Vaccination in the Punjab 1867-1880 - 1867-1880
Year: 1867
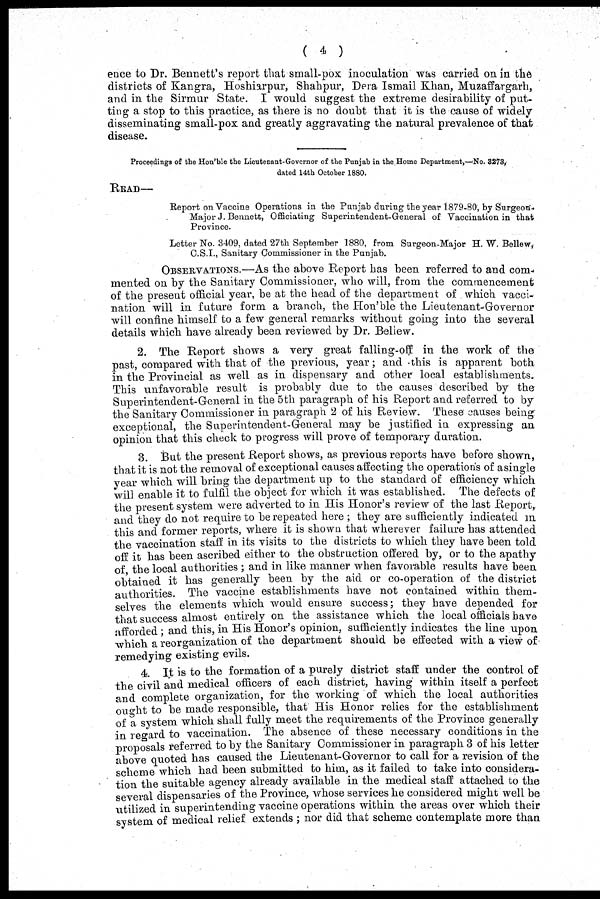
( 4 )
ence to Dr. Bennett's report that small-pox inoculation was carried on in the
districts of Kangra, Hoshiarpur, Shahpur, Dera Ismail Khan, Muzaffargarh,
and in the Sirmur State. I would suggest the extreme desirability of put-
ting a stop to this practice, as there is no doubt that it is the cause of widely
disseminating small-pox and greatly aggravating the natural prevalence of that
disease.
Proceedings of the Hon'ble the Lieutenant-Governor of the Punjab in the Home Department,—No. 3273,
dated 14th October 1880.
READ—
Report on Vaccine Operations in the Punjab during the year 1879-80, by Surgeon¬
Major J. Bennett, Officiating Superintendent-General of Vaccination in that
Province.
Letter No. 3409, dated 27th September 1880, from Surgeon-Major H. W. Bellew,
C.S.I., Sanitary Commissioner in the Punjab.
OBSERVATIONS.—As the above Report has been referred to and com-
mented on by the Sanitary Commissioner, who will, from the commencement
of the present official year, be at the head of the department of which vacci-
nation will in future form a branch, the Hon'ble the Lieutenant-Governor
will confine himself to a few general remarks without going into the several
details which have already been reviewed by Dr. Bellew.
2. The Report shows a very great falling-off in the work of the
past, compared with that of the previous, year; and this is apparent both
in the Provincial as well as in dispensary and other local establishments.
This unfavorable result is probably due to the causes described by the
Superintendent-General in the 5th paragraph of his Report and referred to by
the Sanitary Commissioner in paragraph 2 of his Review. These causes being
exceptional, the Superintendent-General may be justified in expressing an
opinion that this check to progress will prove of temporary duration.
3. But the present Report shows, as previous reports have before shown,
that it is not the removal of exceptional causes affecting the operations of a single
year which will bring the department up to the standard of efficiency which
will enable it to fulfil the object for which it was established. The defects of
the present system were adverted to in His Honor's review of the last Report
and they do not require to be repeated here ; they are sufficiently indicated in
this and former reports, where it is shown that wherever failure has attended
the vaccination staff in its visits to the districts to which they have been told
off it has been ascribed either to the obstruction offered by, or to the apathy
of the local authorities ; and in like manner when favorable results have been
obtained it has generally been by the aid or co-operation of the district
authorities. The vaccine establishments have not contained within them-
selves the elements which would ensure success; they have depended for
that success almost entirely on the assistance which the local officials have
afforded ; and this, in His Honor's opinion, sufficiently indicates the line upon
which a reorganization of the department should be effected with a view of
remedying existing evils.
4. It is to the formation of a purely district staff under the control of
the civil and medical officers of each district, having within itself a perfect
and complete organization, for the working of which the local authorities
ought to be made responsible, that His Honor relies for the establishment
of a system which shall fully meet the requirements of the Province generally
in regard to vaccination. The absence of these necessary conditions in the
proposals referred to by the Sanitary Commissioner in paragraph 3 of his letter
above quoted has caused the Lieutenant-Governor to call for a revision of the
scheme which had been submitted to him, as it failed to take into considera-
tion the suitable agency already available in the medical staff attached to the
several dispensaries of the Province, whose services he considered might well be
utilized in superintending vaccine operations within the areas over which their
system of medical relief extends ; nor did that scheme contemplate more than